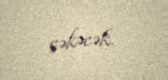
çəkəcək.